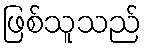
ဖြစ်သူသည်